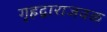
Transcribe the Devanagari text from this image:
गृहद्वाराजवळ